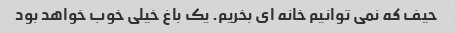
حیف که نمی توانیم خانه ای بخریم. یک باغ خیلی خوب خواهد بود